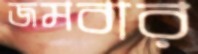
জমবার